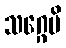
သဂ္ဂေပိ